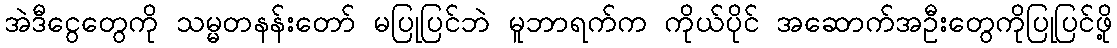
အဲဒီငွေတွေကို သမ္မတနန်းတော် မပြုပြင်ဘဲ မူဘာရက်က ကိုယ်ပိုင် အဆောက်အဦးတွေကိုပြုပြင်ဖို့